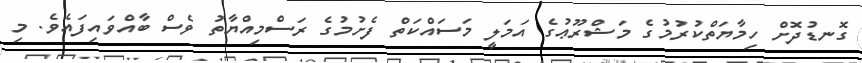
ގޮނޑުދޮށް ހިމާޔަތްކުރުމުގެ މަޝްރޫޢުގެ އަމަލީ މަސައްކަތް ފެށުމުގެ ރަސްމިއްޔާތު ވެސް ބާއްވައިފައެވެ. މި